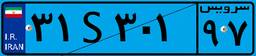
۳۱S۳۰۱۹۷